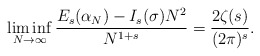
\begin{align*}\liminf_{N\rightarrow\infty}\frac{E_{s}(\alpha_{N})-I_{s}(\sigma) N^{2}}{N^{1+s}}=\frac{2\zeta(s)}{(2\pi)^{s}}.\end{align*}